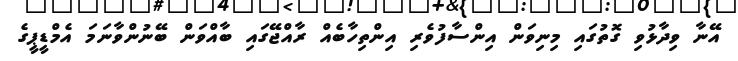
އޭނާ ވިދާޅުވި ގޮތުގައި މިނިވަން އިންސާފުވެރި އިންތިހާބެއް ރާއްޖޭގައި ބާއްވަން ބޭނުންވާނަމަ އެމްޑީޕީގެ